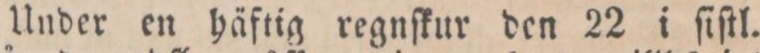
Under en häftig regnſkur den 22 i ſiſtl.